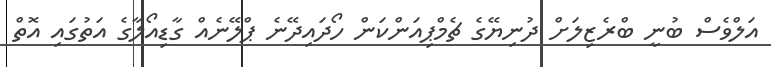
އަލްވެސް ބުނީ ބްރެޒިލަށް ދުނިޔޭގެ ޗެމްޕިއަންކަން ހޯދައިދޭނެ ޕްލޭނެެއް ގާޑިއޯލާގެ އަތުގައި އޮތް